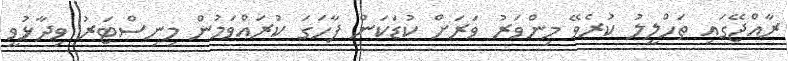
ރާއްޖޭގައި ތަހްލީލު ކުރެވޭ މިންވަރު ވަރަށް ކުޑަކަން ފާހަގަ ކުރައްވަމުން މިނިސްޓަރު ވިދާޅުވީ